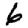
Digit: 6